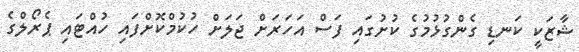
ޝާޒަކީ ކަނޑި ގެންގުޅުމުގެ ކުށުގައި ފަސް އަހަރަށް ޖަލަށް ހުކުމްކޮށްފައި ހުއްޓައި ޕެރޯލްގެ